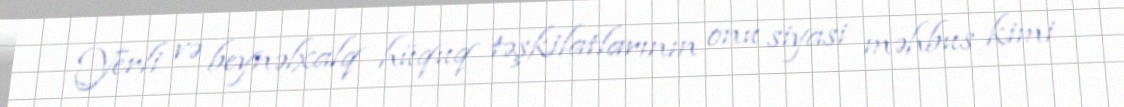
Yerli və beynəlxalq hüquq təşkilatlarının onu siyasi məhbus kimi